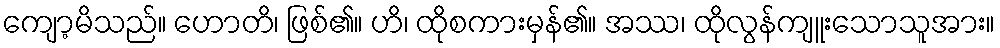
ကျော့မိသည်။ ဟောတိ၊ ဖြစ်၏။ ဟိ၊ ထိုစကားမှန်၏။ အဿ၊ ထိုလွန်ကျူးသောသူအား။